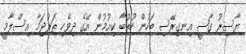
ޔާސިރު ގާޟީ އިނގިރޭސި ބަހުން ހުތުބާ ކިއުމުން އޭގެ ދިވެހި ތަރުޖަމާ އިސްލާމީ